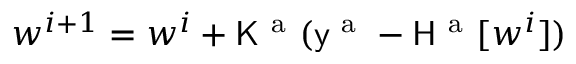
\boldsymbol { w } ^ { i + 1 } = \boldsymbol { w } ^ { i } + \mathsf { K } ^ { \mathrm { ~ a ~ } } ( \mathsf { y } ^ { \mathrm { ~ a ~ } } - \mathsf { H } ^ { \mathrm { ~ a ~ } } [ \boldsymbol { w } ^ { i } ] )